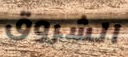
الشروق